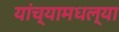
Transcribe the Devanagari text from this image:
यांच्यामधल्या